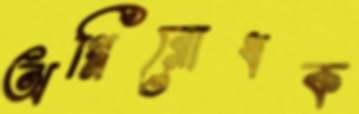
অগ্নিরোধক